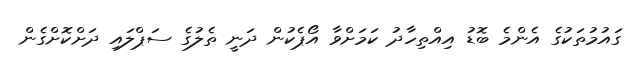
ގައުމުތަކުގެ އެންމެ ބޮޑު އިއްތިހާދު ކަމަށްވާ އޯޕެކުން ދަނީ ތެލުގެ ސަޕްލައި ދަށްކޮށްގެން